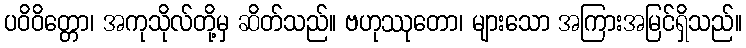
ပဝိဝိတ္တော၊ အကုသိုလ်တို့မှ ဆိတ်သည်။ ဗဟုဿုတော၊ များသော အကြားအမြင်ရှိသည်။